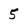
Character: 5